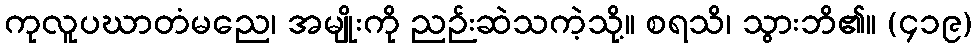
ကုလူပဃာတံမညေ၊ အမျိုးကို ညဉ်းဆဲသကဲ့သို့။ စရသိ၊ သွားဘိ၏။ (၄၁၉)